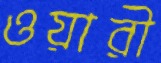
ওয়ারী